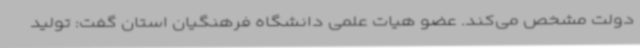
دولت مشخص می‌کند. عضو هیات علمی دانشگاه فرهنگیان استان گفت: تولید